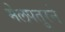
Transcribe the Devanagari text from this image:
मेलपतुरने